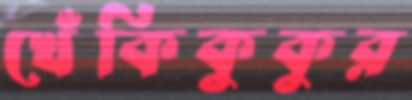
খেঁকিকুকুর